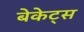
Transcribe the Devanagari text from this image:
बेकेट्स